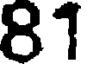
81